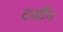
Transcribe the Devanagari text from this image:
दर्जीन